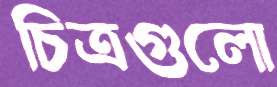
চিত্রগুলো